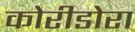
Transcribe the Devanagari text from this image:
कोरीडोरा